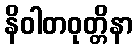
နိဝါတဝုတ္တိနာ